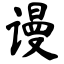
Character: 谩